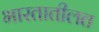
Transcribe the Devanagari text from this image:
भारतातीलत